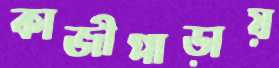
কাজীপাড়ায়